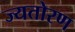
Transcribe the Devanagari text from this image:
ज्यतोरण